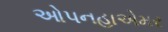
ઓપનહાએમર